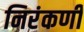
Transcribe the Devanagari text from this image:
निरंकर्णी